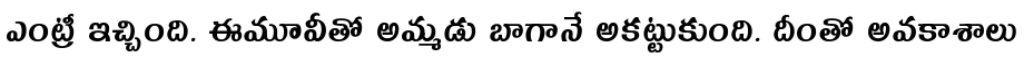
ఎంట్రీ ఇచ్చింది. ఈమూవీతో అమ్మడు బాగానే అకట్టుకుంది. దీంతో అవకాశాలు